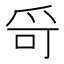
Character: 𤔄